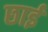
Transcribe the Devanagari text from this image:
छाईं